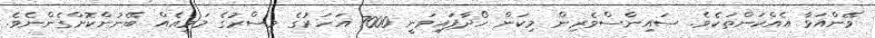
ވޭންއަޅާ އެއްކަންތަކެވެ. ސައިންސްވެރިން މިކަން ހޯދާފައިވަނީ 7000 އަހަރުގެ މިސްރުގެ މަމީއެއް ބޭނުންކޮށްގެންނެވެ.